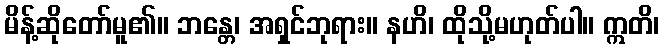
မိန့်ဆိုတော်မူ၏။ ဘန္တေ၊ အရှင်ဘုရား။ နဟိ၊ ထိုသို့မဟုတ်ပါ။ ဣတိ၊